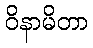
ဝိနာမိတာ